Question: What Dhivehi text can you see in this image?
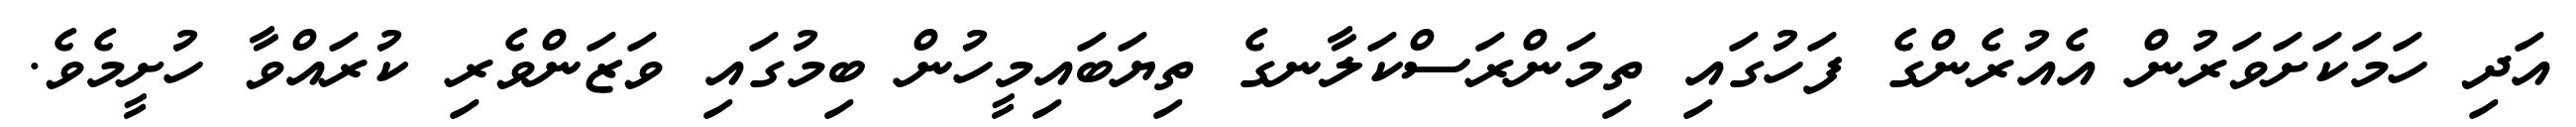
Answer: އަދި ހަމަކަށަވަރުން އެއުރެންގެ ފަހުގައި ތިމަންރަސްކަލާނގެ ތިޔަބައިމީހުން ބިމުގައި ވަޒަންވެރި ކުރައްވާ ހުށީމެވެ.